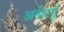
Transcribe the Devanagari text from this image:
अर्नहार्ड्ट